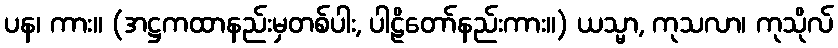
ပန၊ ကား။ (အဋ္ဌကထာနည်းမှတစ်ပါး, ပါဠိတော်နည်းကား။) ယသ္မာ, ကုသလာ၊ ကုသိုလ်